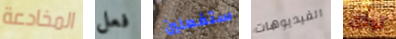
المخادعة فعل ستفعلين الفيديوهات تؤدى